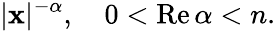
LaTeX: |\mathbf{x}|^{-\alpha},\quad 0<\operatorname{Re}\alpha<n.